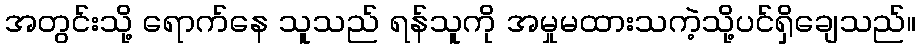
အတွင်းသို့ ရောက်နေ သူသည် ရန်သူကို အမှုမထားသကဲ့သို့ပင်ရှိချေသည်။